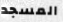
المسجد